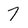
Character: 7